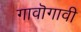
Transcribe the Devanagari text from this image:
गावॊगावी